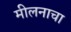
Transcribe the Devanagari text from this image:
मीलनाचा